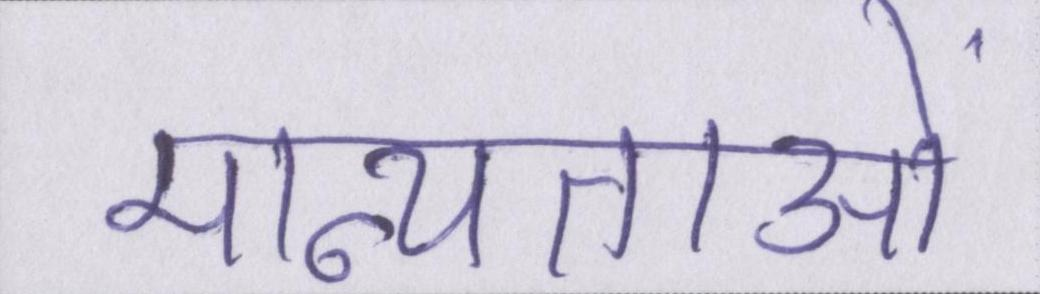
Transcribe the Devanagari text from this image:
मान्यताओं